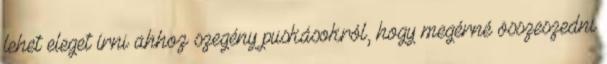
lehet eleget írni ahhoz szegény puskásokról, hogy megérné összeszedni